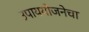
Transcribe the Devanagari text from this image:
उपाययोजनेचा